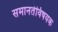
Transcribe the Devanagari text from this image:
समानतेविषयक